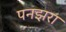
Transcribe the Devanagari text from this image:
पनझरा